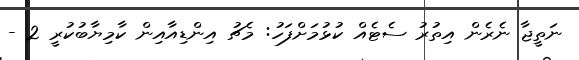
ނަތީޖާ ނެރެން އިތުރު ސެޓެއް ކުޅުމަށްފަހު: މެޗު އިންޑިއާއިން ކާމިޔާބުކުރީ 2 -